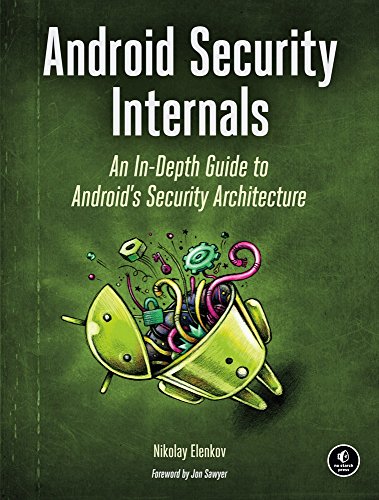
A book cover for Android Security Internals: An In-Depth Guide to Android's Security Architecture; Nikolay Elenkov; Computers & Technology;